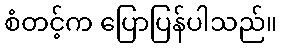
စံတင့်က ပြောပြန်ပါသည်။